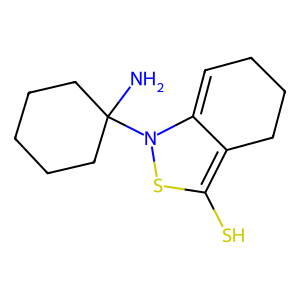
SMILES: NC1(N2SC(S)=C3CCCC=C32)CCCCC1
Inhibits HIV replication: Yes